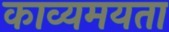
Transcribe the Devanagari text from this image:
काव्यमयता